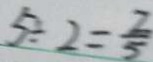
5 \div 2 = \frac { 2 } { 5 }